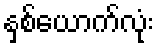
နှစ်ယောက်လုံး